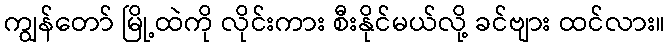
ကျွန်တော် မြို့ထဲကို လိုင်းကား စီးနိုင်မယ်လို့ ခင်ဗျား ထင်လား။